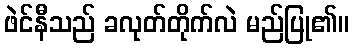
ဖဲင်နီသည် ခလုတ်တိုက်လဲ မည်ပြု၏။